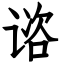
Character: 谘